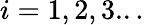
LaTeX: i=1,2,3...